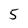
Character: 5